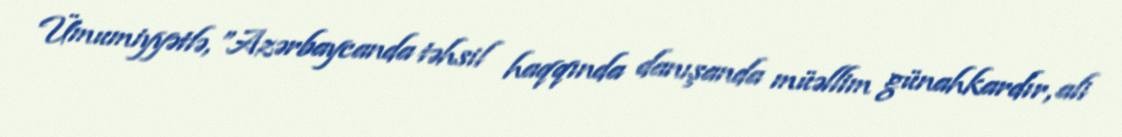
Ümumiyyətlə, ”Azərbaycanda təhsil haqqında danışanda müəllim günahkardır, ali